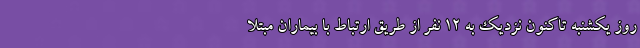
روز یکشنبه تاکنون نزدیک به ۱۲ نفر از طریق ارتباط با بیماران مبتلا